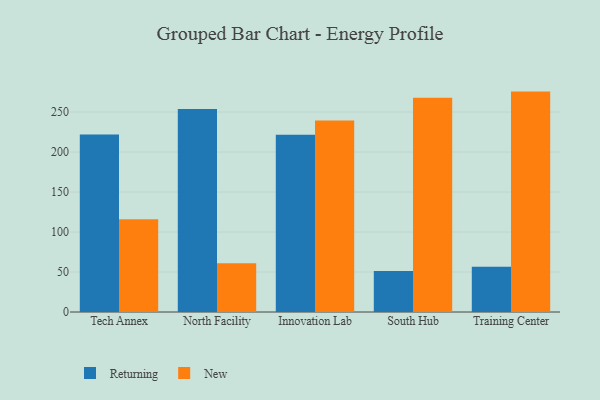
{"axis": {"x": "Campus", "y": "Revenue (USD Million)"}, "legend": ["New", "Returning"], "data": [{"x": "Tech Annex", "y": 222.0, "type": "Returning"}, {"x": "Tech Annex", "y": 115.9, "type": "New"}, {"x": "North Facility", "y": 253.9, "type": "Returning"}, {"x": "North Facility", "y": 61.1, "type": "New"}, {"x": "Innovation Lab", "y": 221.6, "type": "Returning"}, {"x": "Innovation Lab", "y": 239.5, "type": "New"}, {"x": "South Hub", "y": 51.4, "type": "Returning"}, {"x": "South Hub", "y": 267.9, "type": "New"}, {"x": "Training Center", "y": 56.5, "type": "Returning"}, {"x": "Training Center", "y": 275.6, "type": "New"}]}